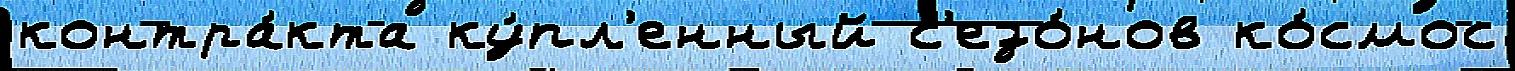
контра́кта ку́пл'енный с'езо́нов ко́смос